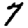
Digit: 7